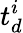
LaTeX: t_{d}^{i}